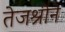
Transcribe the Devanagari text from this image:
तेजश्रीने